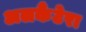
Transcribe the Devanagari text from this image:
अलकैंटेरा